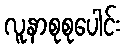
လူနာစုစုပေါင်း